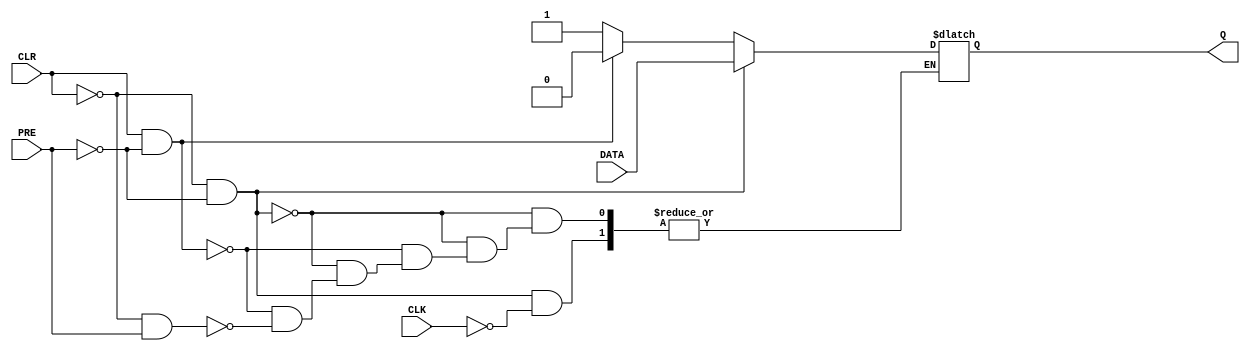
`timescale 100ps/100ps

module d_ff(output reg Q, input DATA, input CLK, input CLR, input PRE);
    initial begin
        Q = 1'b0;
        end
    always @(CLK, CLR, PRE)
        begin
            if( CLR == 1'b0 && PRE == 1'b0)
                Q = (CLK == 1)?DATA:Q;
            else if(CLR == 1'b1 && PRE == 1'b0)
                #5 Q = 1'b0;
            else if(CLR == 1'b0 && PRE == 1'b1)
                #5 Q = 1'b1;
            else #5 Q = Q;
        end
endmodule